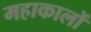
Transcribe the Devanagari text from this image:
महाकालों